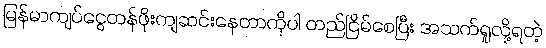
မြန်မာကျပ်ငွေတန်ဖိုးကျဆင်းနေတာကိုပါ တည်ငြိမ်စေပြီး အသက်ရှုလို့ရတဲ့